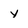
Character: y